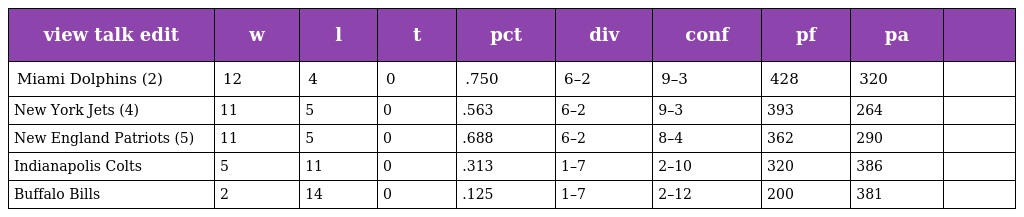
| view talk edit | w | l | t | pct | div | conf | pf | pa |  |
 | --- | --- | --- | --- | --- | --- | --- | --- | --- | --- |
 | Miami Dolphins (2) | 12 | 4 | 0 | .750 | 6–2 | 9–3 | 428 | 320 |  |
 | New York Jets (4) | 11 | 5 | 0 | .563 | 6–2 | 9–3 | 393 | 264 |  |
 | New England Patriots (5) | 11 | 5 | 0 | .688 | 6–2 | 8–4 | 362 | 290 |  |
 | Indianapolis Colts | 5 | 11 | 0 | .313 | 1–7 | 2–10 | 320 | 386 |  |
 | Buffalo Bills | 2 | 14 | 0 | .125 | 1–7 | 2–12 | 200 | 381 |  |